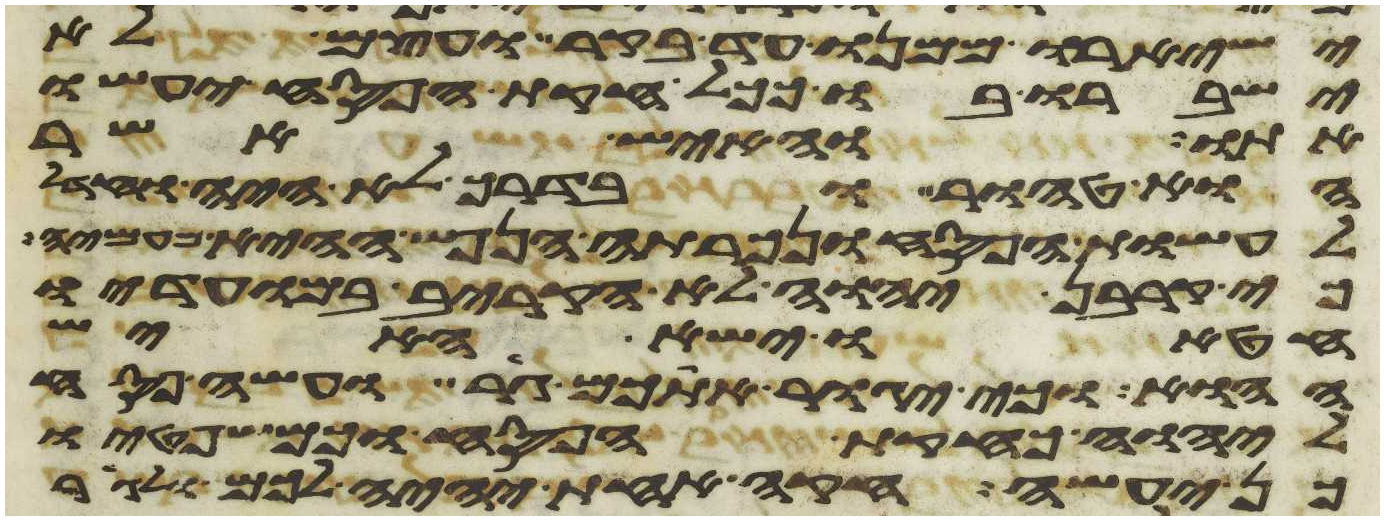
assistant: ישאירו ממנו עד בקר ועצם לא
ישברו בו ככל חקות הפסח יעשו
אתו והאיש אשר
הוא טהור ובדרך לא היה וחדל
לעשות הפסח ונכרתה הנפש ההיא מעמיה
כי קרבן יהוה לא הקריב במועדיו
חטאו ישא האיש
ההוא וכי יגור אתכם גר ועשה פסח
ליהוה כחקות הפסח וכמשפטיו
כן יעשה חקה אחת יהיה לכם ולגר